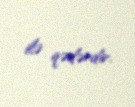
ilə qədərdir.